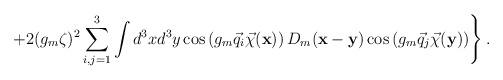
LaTeX: \begin{align*}\left.+2(g_m\zeta)^2\sum\limits_{i,j=1}^{3}\int d^3xd^3y\cos\left(g_m\vec q_i\vec\chi({\bf x})\right)D_m({\bf x}-{\bf y})\cos\left(g_m\vec q_j\vec\chi({\bf y})\right)\right\}.\end{align*}